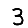
Digit: 3